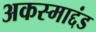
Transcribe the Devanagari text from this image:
अकस्माद्दंड